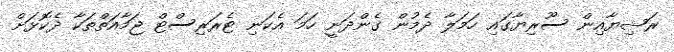
ރަޝިޔާއިން ސޫރިޔާގައި ހަމަލާ ދެމުން ގެންދަނީ ހަމަ އެކަނި ޓެރަރިސްޓް ޖަމާއަތްތަކާ ދެކޮޅަށް